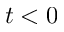
t < 0